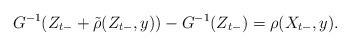
LaTeX: \begin{align*}G^{-1}(Z_{t-}+\tilde \rho (Z_{t-},y))-G^{-1}(Z_{t-})=\rho(X_{t-},y).\end{align*}